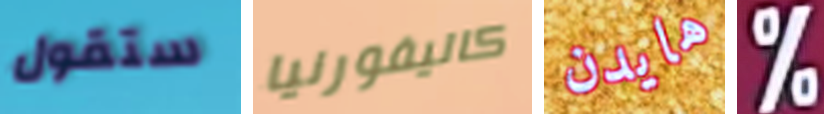
ستقول كاليفورنيا هايدن %